system: You are a helpful assistant.
user:
Analyze the provided spectrum to determine if it is a **Carbon Star (C-type)**.

- **Key Visual Indicators of Carbon Star:**
    - **(Primary):** Strong molecular absorption from **C₂ (diatomic carbon) "Swan Bands."** This is the **defining feature** of a carbon star.
        - **(Key Bandheads):** Sharp absorption edges are visible at approximately $5635$ Å, $5165$ Å (the strongest band), and $4737$ Å.
        - **(Line Profile):** Creates a distinct **"saw-tooth"** pattern. The key morphology is a sharp, steep bandhead on the **red (long-wavelength) side**, which then gradually tapers off (i.e., flux recovers) towards the **blue (short-wavelength) side**. *(This is the direct opposite of the TiO bands seen in M-type stars)*.

    - **(Secondary):** Intense **CN (cyanogen)** molecular absorption bands.
        - **(Key Bandheads):** Located in the blue and violet regions of the spectrum (e.g., near $4215$ Å and $3883$ Å).
        - **(Morphology):** These bands are extremely broad and act as a "blanket," absorbing the vast majority of blue and violet light. This creates a characteristic **"cliff"** or **"steep drop-off"** in the spectrum's flux at short wavelengths.

    - **(Key Confirmation):** Strong **CH absorption band (G-band)**.
        - **(Key Bandhead):** Located around $4300$ Å. The contribution from CH molecules to this band is exceptionally strong.

    - **(Overall Spectrum):**
        - The continuum is severely "chopped up" by these deep molecular bands, especially C₂, rather than appearing as a smooth curve.
        - Due to the heavy CN and C₂ absorption in the blue-green, the vast majority of the star's flux is concentrated in the red part of the spectrum, giving the star its characteristic deep red color.

Think first, call **spectral_visualization_tool** if needed to examine features in detail, then provide your final answer. Your response must adhere to the following strict rules:
1.  **Overall Structure:** Your response must follow the format `<think>...</think> <tool_call>...</tool_call> (if a tool is used) <answer>...</answer>`.
2.  **Tool Usage Constraint:** You may only make **one** tool call per turn.
3.  **Final Answer Format:** In the `<answer>` tag, your conclusion must be inside a `\boxed{}` command (e.g., `\boxed{YES}`), followed by your justification.

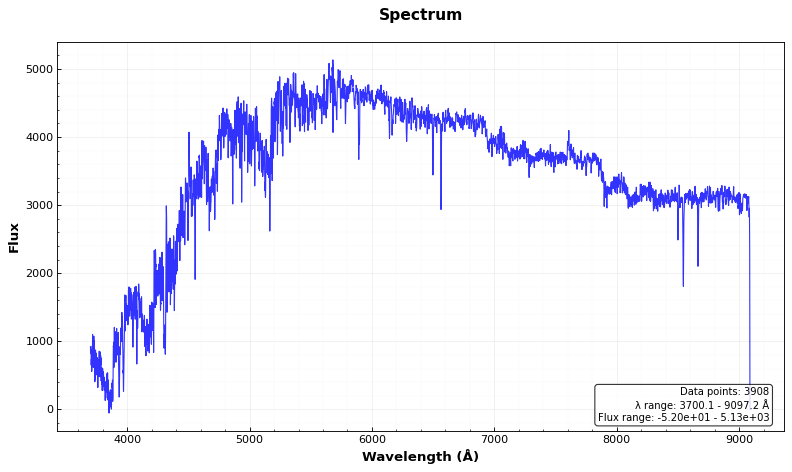
Answer: YES